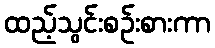
ထည့်သွင်းစဉ်းစားကာ